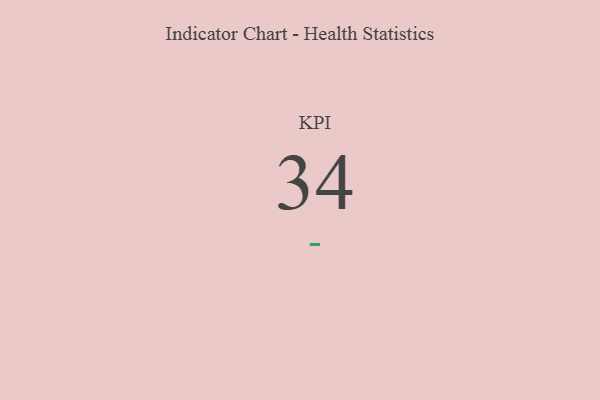
{"axis": {"x": "KPI", "y": "Value"}, "legend": [""], "data": [{"x": "KPI", "y": 34, "type": ""}]}